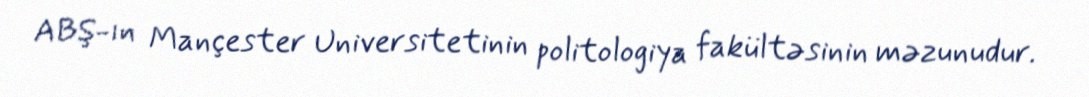
ABŞ-ın Mançester Universitetinin politologiya fakültəsinin məzunudur.